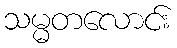
သမ္မတလောင်း